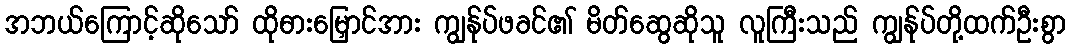
အဘယ်ကြောင့်ဆိုသော် ထိုဓားမြှောင်အား ကျွန်ုပ်ဖခင်၏ မိတ်ဆွေဆိုသူ လူကြီးသည် ကျွန်ုပ်တို့ထက်ဦးစွာ